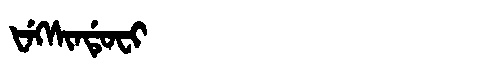
Manchu: ᡶᡝᡴᠰᡳᠨᡩᡠᠸᡳ
Romanization: FEKSINDUFI